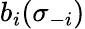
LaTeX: b_{i}(\sigma_{-i})